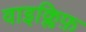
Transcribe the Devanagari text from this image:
वाइक्लिफ़